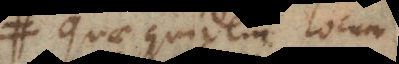
Quae quidem locum